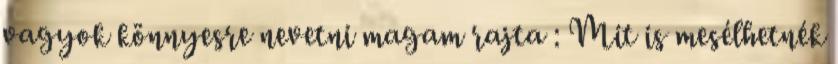
vagyok könnyesre nevetni magam rajta : Mit is mesélhetnék